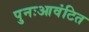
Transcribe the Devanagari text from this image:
पुनःआवंटित